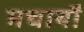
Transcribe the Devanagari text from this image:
मचायौ